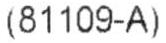
(81109-A)